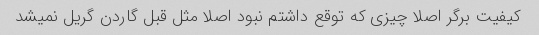
کیفیت برگر اصلا چیزی که توقع داشتم نبود اصلا مثل قبل گاردن گریل نمیشد